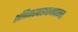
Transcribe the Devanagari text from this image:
शनिवारवाड्याजवळचा